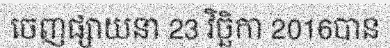
ចេញផ្សាយនា 23 វិច្ឆិកា 2016បាន